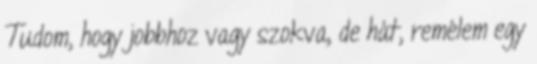
Tudom, hogy jobbhoz vagy szokva, de hát, remélem egy